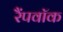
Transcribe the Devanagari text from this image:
रैंपवॉक